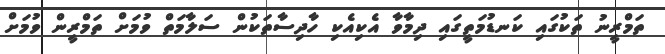
ތަމްރީނު ތަކުގައި ކަނޑުމަތީގައި ދިމާވާ އެކިއެކި ހާދިސާތަކުން ސަލާމަތް ވުމަށް ތަމްރީން ވުމަށް